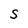
Character: S